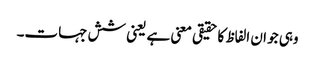
وہی جو ان الفاظ کا حقیقی معنی ہے یعنی شش جہات۔